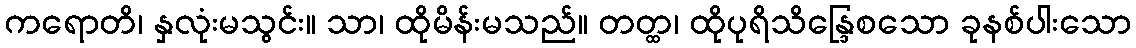
ကရောတိ၊ နှလုံးမသွင်း။ သာ၊ ထိုမိန်းမသည်။ တတ္ထ၊ ထိုပုရိသိန္ဒြေစသော ခုနစ်ပါးသော